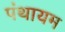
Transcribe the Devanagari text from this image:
पंथायम